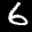
Label: 6